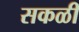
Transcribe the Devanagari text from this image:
सकळी